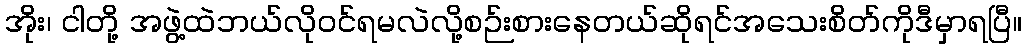
အိုး၊ ငါတို့ အဖွဲ့ထဲဘယ်လိုဝင်ရမလဲလို့စဉ်းစားနေတယ်ဆိုရင်အသေးစိတ်ကိုဒီမှာရပြီ။